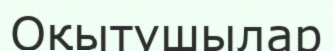
Оқытушылар